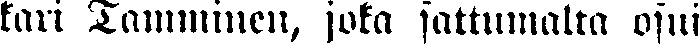
kari Tamminen, joka sattumalta osui